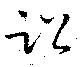
訟